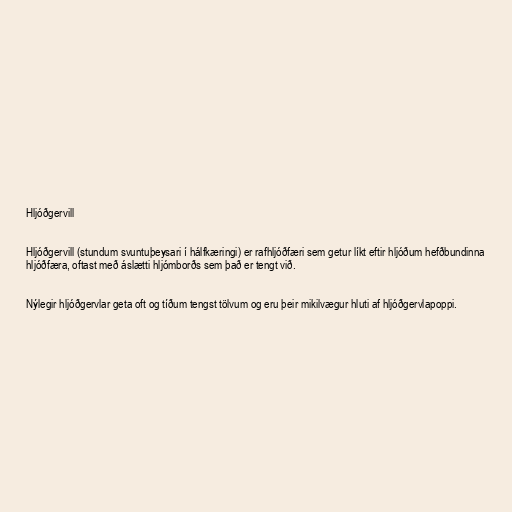
Hljóðgervill

Hljóðgervill (stundum svuntuþeysari í hálfkæringi) er rafhljóðfæri sem getur líkt eftir hljóðum hefðbundinna
hljóðfæra, oftast með áslætti hljómborðs sem það er tengt við.

Nýlegir hljóðgervlar geta oft og tíðum tengst tölvum og eru þeir mikilvægur hluti af hljóðgervlapoppi.